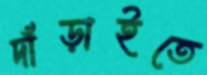
দাঁড়াইতে